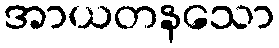
အာယတနသော